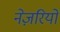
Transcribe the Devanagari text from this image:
नेज़रियो